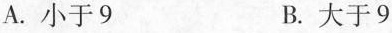
A. 小于9 B. 大于9